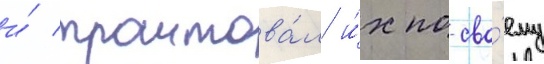
и́ трактова́л и́х по-сво́ему